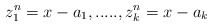
\begin{align*} z_1^n=x-a_1,.....,z_k^n=x-a_k\end{align*}